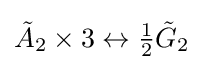
{\tilde {A}}_{2}\times 3\leftrightarrow {\tfrac {1}{2}}{\tilde {G}}_{2}